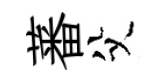
蕃父